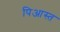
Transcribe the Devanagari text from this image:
पिआस्त